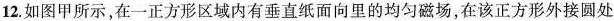
12.如图甲所示，在一正方形区域内有垂直纸面向里的均匀磁场，在该正方形外接圆处